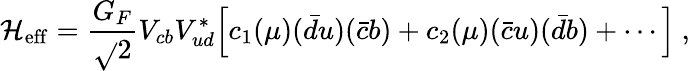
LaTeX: {\cal\mathcal{H}}_{\mathrm{{eff}}}=\frac{{G_{F}}}{{\sqrt{}{{2}}}}V_{cb}V_{ud}^{*}\Big[c_{1}(\mu)({\bar{{d}}}u)({\bar{{c}}}b)+c_{2}(\mu)({\bar{{c}}}u)({\bar{{d}}}b)+\cdots\Big]~,